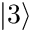
\left\vert 3 \right\rangle